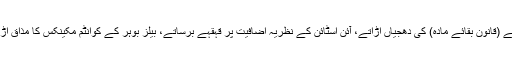
سنگولیرٹی میں مادے کے ہمیشہ باقی رہنے (قانون بقائے مادہ) کی دھجیاں اڑاتے، آئن اسٹائن کے نظریہ اضافیت پر قہقہے برساتے، بیلز بوہر کے کوانٹم مکینکس کا مذاق اڑاتے وہ موت کی سنگولیرٹی میں جا گرے۔